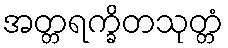
အတ္တရက္ခိတသုတ္တံ